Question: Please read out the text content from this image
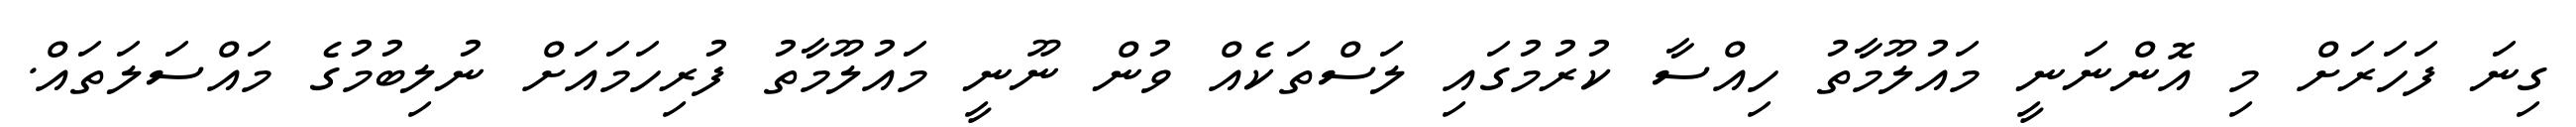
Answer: ގިނަ ފަހަރަށް މި އޮންނަނީ މައުލޫމާތު ހިއްސާ ކުރުމުގައި ލަސްތަކެއް ވުން ނޫނީ މައުލޫމާތު ފުރިހަމައަށް ނުލިބުމުގެ މައްސަލަތައް.